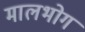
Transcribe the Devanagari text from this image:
मालभोग